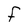
Character: F